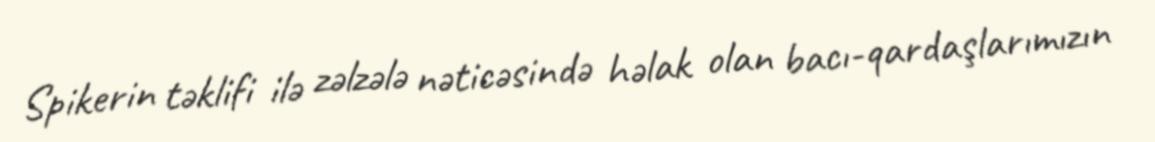
Spikerin təklifi ilə zəlzələ nəticəsində həlak olan bacı-qardaşlarımızın